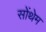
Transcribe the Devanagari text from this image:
सोंथेम